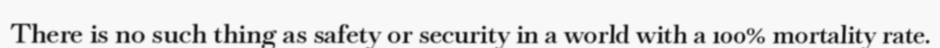
There is no such thing as safety or security in a world with a 100% mortality rate.